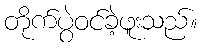
တိုက်ပွဲဝင်ခဲ့ဖူးသည်။